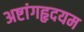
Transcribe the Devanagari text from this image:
अष्टांगहृदयम